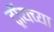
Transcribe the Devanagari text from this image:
ट्रॉयच्या